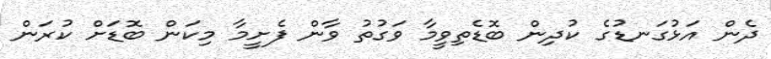
ދެން އަޅުގަނޑުގެ ކުދިން ބޮޑެތިވީމާ ވަގުތު ވާން ފެށީމާ މިކަން ބޮޑަށް ކުރަން